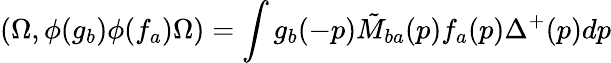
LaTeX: (\Omega,\phi(g_{b})\phi(f_{a})\Omega)=\int g_{b}(-p)\tilde{M}_{ba}(p)f_{a}(p)\Delta^{+}(p)dp